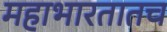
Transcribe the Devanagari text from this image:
महाभारतातच